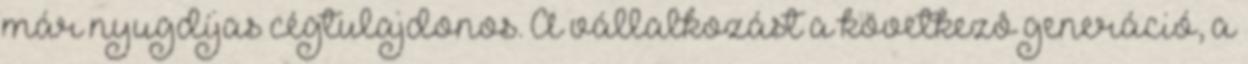
már nyugdíjas cégtulajdonos. A vállalkozást a következô generáció, a